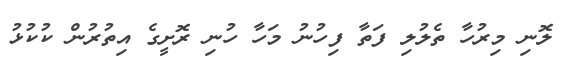
ލޮނި މިރުހާ ތެލުލި ފަތާ ފިހުނު މަހާ ހުނި ރޮށީގެ އިތުރުން ކުކުޅު